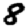
Digit: 8